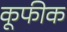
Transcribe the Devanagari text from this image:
कूफीक